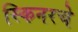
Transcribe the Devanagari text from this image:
स्किनरचे